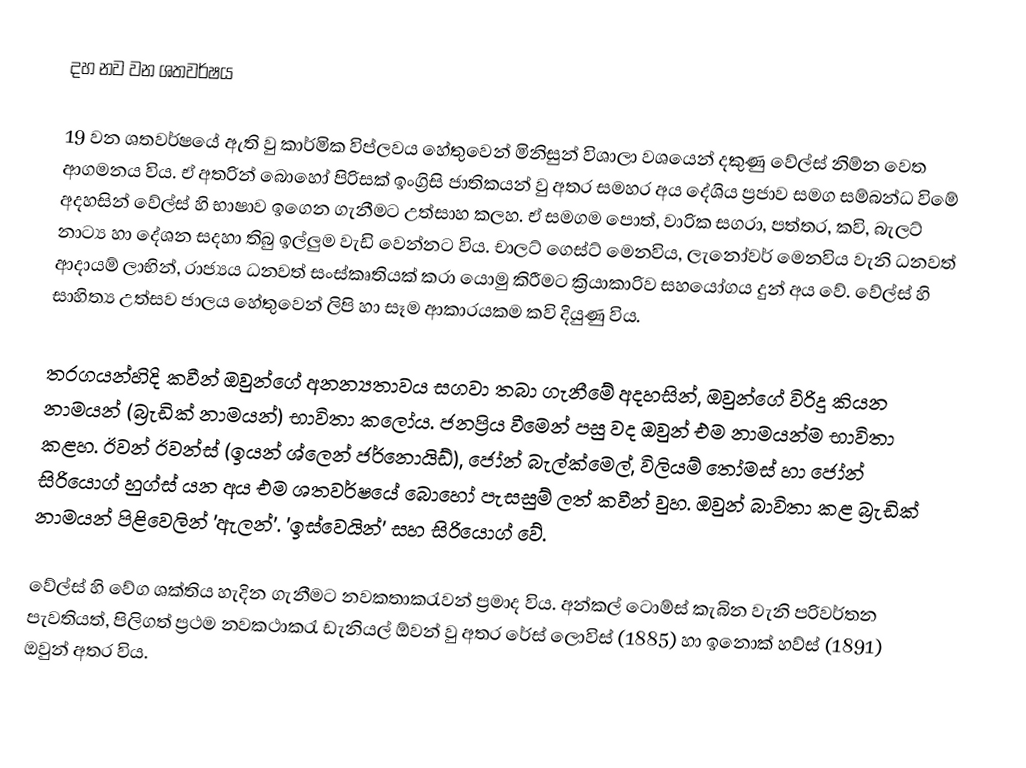
දහ නව වන ශතවර්ෂය

	19 වන ශතවර්ෂයේ ඇති වු කාර්මික විප්ලවය හේතුවෙන් මිනිසුන් විශාලා වශයෙන් දකු‍ණු වේල්ස් නිම්න වෙත ආගමනය විය. ඒ අතරින් බොහෝ පිරිසක් ඉංග්‍රිසි ජාතිකයන් වු අතර සමහර අය දේශිය ප්‍රජාව සමග සම්බන්ධ විමේ අදහසින් වේල්ස් හි භාෂාව ඉගෙන ගැනීමට උත්සාහ කලහ. ඒ සමගම පොත්, වාරික සගරා, පත්තර, කවි, බැලට් නාට්‍ය හා දේශන සදහා තිබු ඉල්ලුම වැඩි වෙන්නට විය. චාලට් ගෙස්ට් මෙනවිය, ලැනෝවර් මෙ‍නවිය වැනි ධනවත් ආදායම් ලාභින්, රාජ්‍යය ධනවත් සංස්කෘතියක් කරා යොමු කිරීමට ක්‍රියාකාරිව සහයෝගය දුන් අය වේ. වේල්ස් හි සාහිත්‍ය උත්සව ජාලය හේතුවෙන් ලිපි හා සෑම ආකාර‍යකම කවි දියුණු විය.

	තරගයන්හිදි කවීන් ඔවුන්ගේ අනන්‍යතාවය සගවා තබා ගැනීමේ අදහසින්, ඔවුන්ගේ විරිදු කියන නාමයන් (බ්‍රැඩික් නාමයන්) භාවිතා කලෝය. ජනප්‍රිය වීමෙන් පසු වද ඔවුන් එම නාමයන්ම භාවිතා කළහ. ඊවන් ඊවන්ස් (ඉයන් ශ්ලෙන් ජර්නොයිඩ්), ජෝන් බැල්ක්මෙල්, විලියම් තෝමස් හා ‍ජෝන් සිරියොග් හුග්ස් යන අය එම ශතවර්ෂයේ බොහෝ පැසසුම් ලත් කවීන් වුහ. ඔවුන් බාවිතා කළ බ්‍රැඩික් නාමයන් පිළිවෙලින් 'ඇලන්'. 'ඉස්වෙයින්' සහ සිරියොග් වේ.

	වේල්ස් හි වේග ශක්තිය හැදින ගැනීමට නවකතාකරැවන් ප්‍රමාද විය. අන්කල් ටොම්ස් කැබින වැනි පරිවර්තන පැවතියත්, පිලිගත් ප්‍රථම නවකථාකරැ ඩැනියල් ඕවන් වු අතර රේස් ලොවිස් (1885) හා ඉනොක් හව්ස් (1891) ඔවුන් අතර විය.